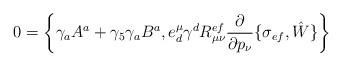
LaTeX: \begin{align*}0=\left\{\gamma_aA^a+\gamma_5\gamma_aB^a,e^\mu_d\gamma^dR_{\mu\nu}^{ef}\frac{\partial}{\partial p_\nu}\{\sigma_{ef},\hat{W}\}\right\} \end{align*}